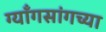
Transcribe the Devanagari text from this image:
ग्याँगसांगच्या